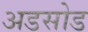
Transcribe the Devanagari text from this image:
अडसोड